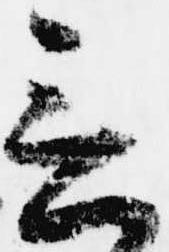
言